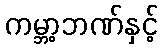
ကမ္ဘာ့ဘဏ်နှင့်